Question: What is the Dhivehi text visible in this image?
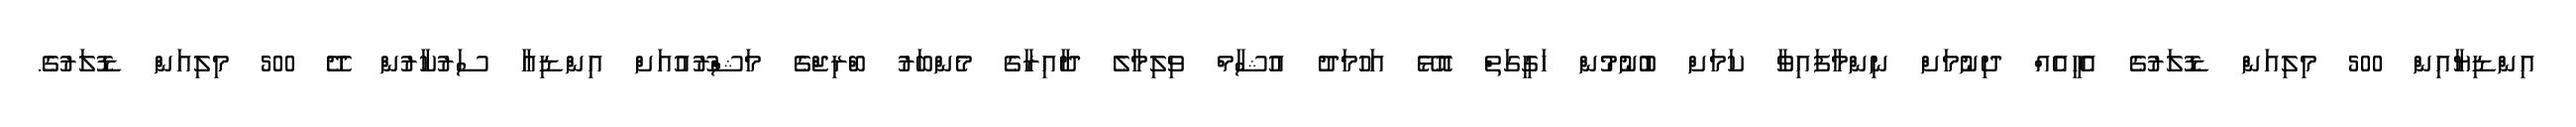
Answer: އިންޑިޔާއިން 500 މިލިއަން ޑޮލަރުގެ އެހީއެއް ދިނުމަށް ނިންމާފައިވާ ކަމަށް ބުނުމުން ހަގީގަތް އޮޅޭ އަހުމަދު އުޝާމް ވިލިމާލެ ދާއިރާގެ މެންބަރު ބްރިޖްގެ މަޝްރޫއުއަށް އިންޑިއާ ސަރުކާރުން ދޭ 500 މިލިއަން ޑޮލަރުގެ.